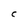
Character: C